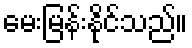
မေးမြန်းနိုင်သည်။